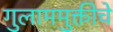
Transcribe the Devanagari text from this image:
गुलाममुक्तीचे